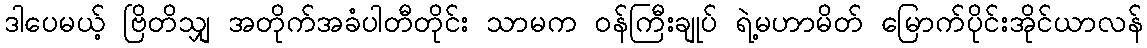
ဒါပေမယ့် ဗြိတိသျှ အတိုက်အခံပါတီတိုင်း သာမက ဝန်ကြီးချုပ် ရဲ့မဟာမိတ် မြောက်ပိုင်းအိုင်ယာလန်